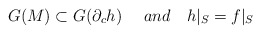
\begin{align*}G(M)\subset G(\partial_c h)\ \ \ \ and \ \ \ h|_S=f|_S\end{align*}